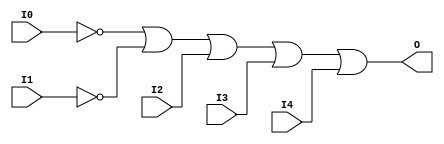
module OR5B2 (O, I0, I1, I2, I3, I4);

    output O;

    input  I0, I1, I2, I3, I4;

    wire i0_inv;
    wire i1_inv;

    not N1 (i1_inv, I1);
    not N0 (i0_inv, I0);
    or O1 (O, i0_inv, i1_inv, I2, I3, I4);


endmodule